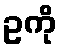
ဥကို